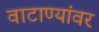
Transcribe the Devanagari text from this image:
वाटाण्यांवर